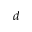
d